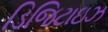
ડિજિટાઇઝ